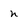
Character: n